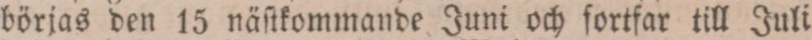
börjas den 15 näſtkommande Juni och fortfar till Juli